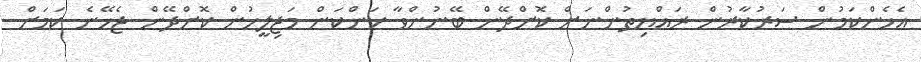
އެހެންކަމުން ސަރުކާރުން ރައްޔިތުންނަށް ކޮށްދޭން ބޭނުންވާ ކަންކަން މަޖިލީހުން ކޮށްދޭން ޖެހޭނެ ކަމަށް